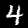
Digit: 4